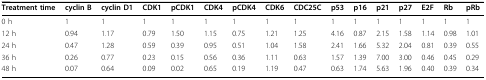
<table><thead><tr><td><b>Treatment time</b></td><td><b>cyclin B</b></td><td><b>cyclin D1</b></td><td><b>CDK1</b></td><td><b>pCDK1</b></td><td><b>CDK4</b></td><td><b>pCDK4</b></td><td><b>CDK6</b></td><td><b>CDC25C</b></td><td><b>p53</b></td><td><b>p16</b></td><td><b>p21</b></td><td><b>p27</b></td><td><b>E2F</b></td><td><b>Rb</b></td><td><b>pRb</b></td></tr></thead><tbody><tr><td>0 h</td><td>1</td><td>1</td><td>1</td><td>1</td><td>1</td><td>1</td><td>1</td><td>1</td><td>1</td><td>1</td><td>1</td><td>1</td><td>1</td><td>1</td><td>1</td></tr><tr><td>12 h</td><td>0.94</td><td>1.17</td><td>0.79</td><td>1.50</td><td>1.15</td><td>0.75</td><td>1.21</td><td>1.25</td><td>4.16</td><td>0.87</td><td>2.15</td><td>1.58</td><td>1.14</td><td>0.98</td><td>1.01</td></tr><tr><td>24 h</td><td>0.47</td><td>1.28</td><td>0.59</td><td>0.39</td><td>0.95</td><td>0.51</td><td>1.04</td><td>1.58</td><td>2.41</td><td>1.66</td><td>5.32</td><td>2.04</td><td>0.81</td><td>0.39</td><td>0.55</td></tr><tr><td>36 h</td><td>0.26</td><td>0.77</td><td>0.23</td><td>0.15</td><td>0.56</td><td>0.36</td><td>1.11</td><td>0.63</td><td>1.57</td><td>1.39</td><td>7.00</td><td>3.00</td><td>0.46</td><td>0.45</td><td>0.29</td></tr><tr><td>48 h</td><td>0.07</td><td>0.64</td><td>0.09</td><td>0.02</td><td>0.65</td><td>0.19</td><td>1.19</td><td>0.47</td><td>0.63</td><td>1.74</td><td>5.63</td><td>1.96</td><td>0.40</td><td>0.39</td><td>0.34</td></tr></tbody></table>